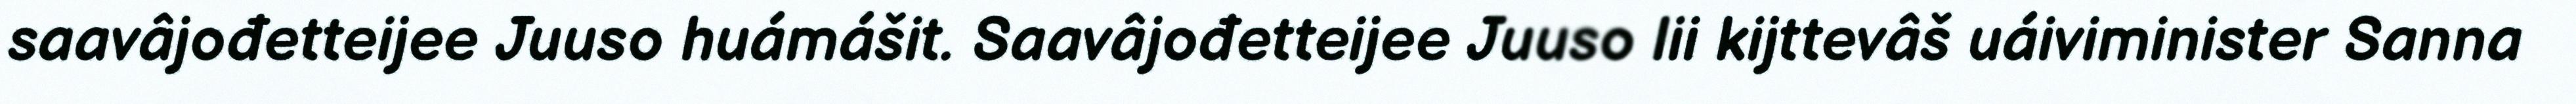
saavâjođetteijee Juuso huámášit. Saavâjođetteijee Juuso lii kijttevâš uáiviminister Sanna